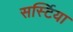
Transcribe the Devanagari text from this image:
सर्स्टिया